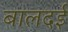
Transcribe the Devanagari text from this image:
बालदई